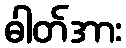
ဓါတ်အား